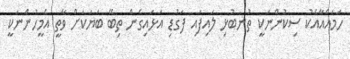
ހަމައެއާއެކު ސިކުންނަކީ ތުނބުޅި ލައިފައި ފަގުޑި އަޅައިގެން ތިބޭ ބަޔަކަށް ވާތީ އެމީހުންނަކީ